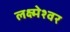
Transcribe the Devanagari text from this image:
लक्ष्मेश्‍वर